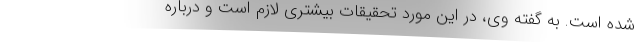
شده است. به گفته وی، در این مورد تحقیقات بیشتری لازم است و درباره